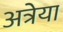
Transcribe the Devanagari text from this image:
अत्रेया